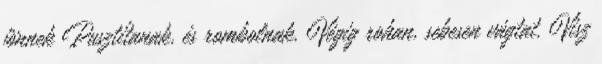
jönnek Pusztítanak, és rombolnak. Végig rohan, sebesen vágtat. Visz